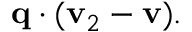
\mathbf { q } \cdot ( \mathbf { v } _ { 2 } - \mathbf { v } ) .